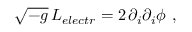
\sqrt { - g } \, { \cal L } _ { e l e c t r } = 2 \, \partial _ { i } \partial _ { i } \phi \ ,